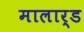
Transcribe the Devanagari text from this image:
मालार्ड